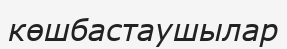
көшбастаушылар